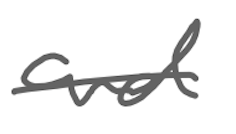
Text: and
Cross-out: single-line
Writing tool: digital_gray